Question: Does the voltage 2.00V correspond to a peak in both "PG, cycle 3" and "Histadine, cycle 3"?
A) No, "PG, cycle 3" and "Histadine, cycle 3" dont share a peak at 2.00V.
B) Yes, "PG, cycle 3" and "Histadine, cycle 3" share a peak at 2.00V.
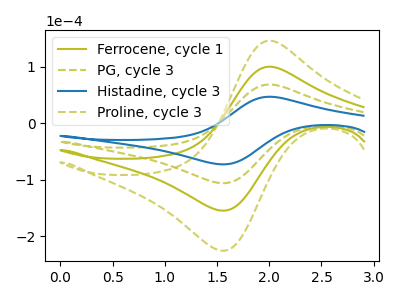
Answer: <think>The olive curve "Ferrocene, cycle 1" has an anodic peak at (2.00V, 137.70uA) and a cathodic peak at (1.55V, -211.95uA). The olive dashed curve "PG, cycle 3" has an anodic peak at (2.00V, 68.85uA) and a cathodic peak at (1.55V, -105.95uA). The blue curve "Histadine, cycle 3" has an anodic peak at (2.00V, 47.20uA) and a cathodic peak at (1.55V, -72.65uA). The olive dashed curve "Proline, cycle 3" has an anodic peak at (2.00V, 206.55uA) and a cathodic peak at (1.55V, -317.90uA).</think>
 <answer>B) Yes, "PG, cycle 3" and "Histadine, cycle 3" share a peak at 2.00V.</answer>
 <eval>B</eval>